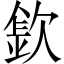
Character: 𣣽